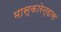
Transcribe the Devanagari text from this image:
मास्कारेन्हास